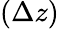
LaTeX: (\Delta z)